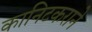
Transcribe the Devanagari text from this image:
कानिटकराने